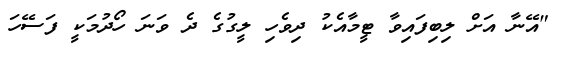
"އޭނާ އަށް ލިބިފައިވާ ޓީމާއެކު ދިވެހި ލީގުގެ ދެ ވަނަ ހޯދުމަކީ ފަސޭހަ